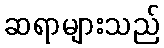
ဆရာများသည်